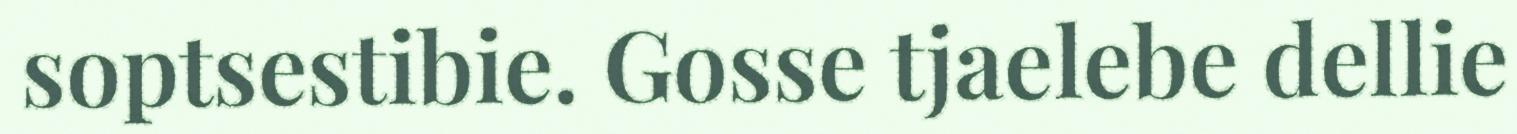
soptsestibie. Gosse tjaelebe dellie